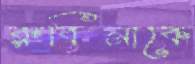
রুবিনাকে